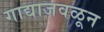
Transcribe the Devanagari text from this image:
गाद्याजवळून